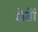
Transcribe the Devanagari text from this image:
क्षेतों